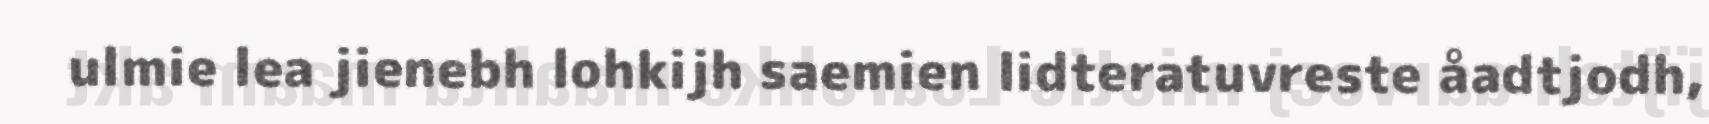
ulmie lea jienebh lohkijh saemien lidteratuvreste åadtjodh,